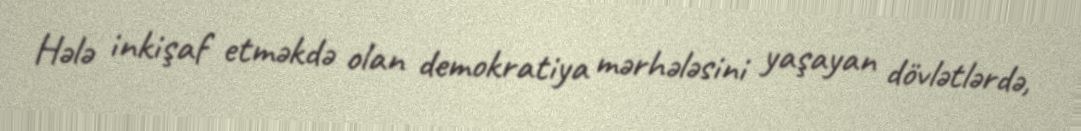
Hələ inkişaf etməkdə olan demokratiya mərhələsini yaşayan dövlətlərdə,